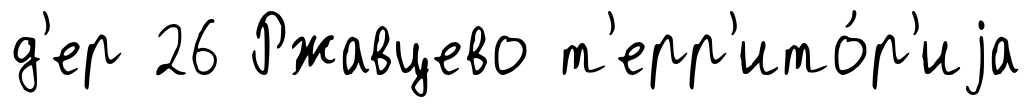
д'ер 26 Ржавцево т'ерр'ито́р'иjа